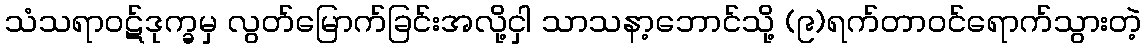
သံသရာဝဋ်ဒုက္ခမှ လွတ်မြောက်ခြင်းအလို့ငှါ သာသနာ့ဘောင်သို့ (၉)ရက်တာဝင်ရောက်သွားတဲ့